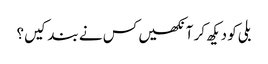
بلی کو دیکھ کر آنکھیں کس نے بند کیں؟